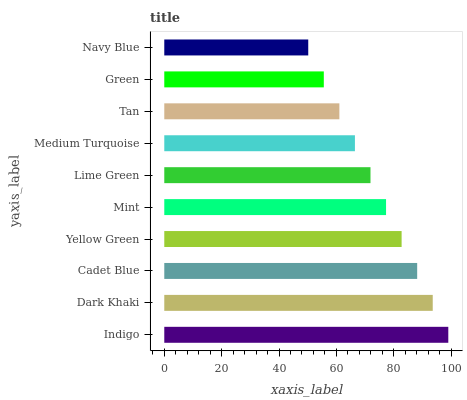
| yaxis_label | bars |
 | --- | --- |
 | Indigo | 99 |
 | Dark Khaki | 93.6 |
 | Cadet Blue | 88.2 |
 | Yellow Green | 82.7 |
 | Mint | 77.3 |
 | Lime Green | 71.9 |
 | Medium Turquoise | 66.5 |
 | Tan | 61 |
 | Green | 55.6 |
 | Navy Blue | 50.2 |